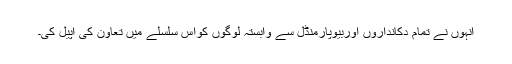
انہوں نے تمام دکانداروں اوربیوپارمنڈل سے وابستہ لوگوں کواس سلسلے میں تعاون کی اپیل کی۔